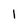
Character: 1